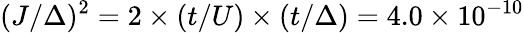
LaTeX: (J/\Delta)^{2}=2\times(t/U)\times(t/\Delta)=4.0\times 10^{-10}